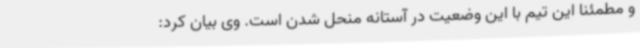
و مطمئنا این تیم با این وضعیت در آستانه منحل شدن است. وی بیان کرد: